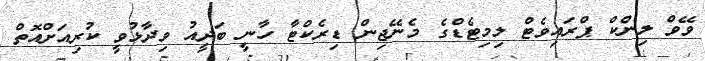
ވޭވް ލިންކް ޕްރައިވެޓް ލިމިޓެޑްގެ މެނޭޖިން ޑިރެކްޓާ ހާނީ ބަދީއު ވިދާޅުވީ ކުރިއަށްއޮތް